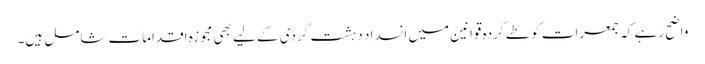
واضح رہے کہ جمعرات کو طے کردہ قوانین میں انسداد دہشت گردی کے لیے بھی مجوزہ اقدامات شامل ہیں۔